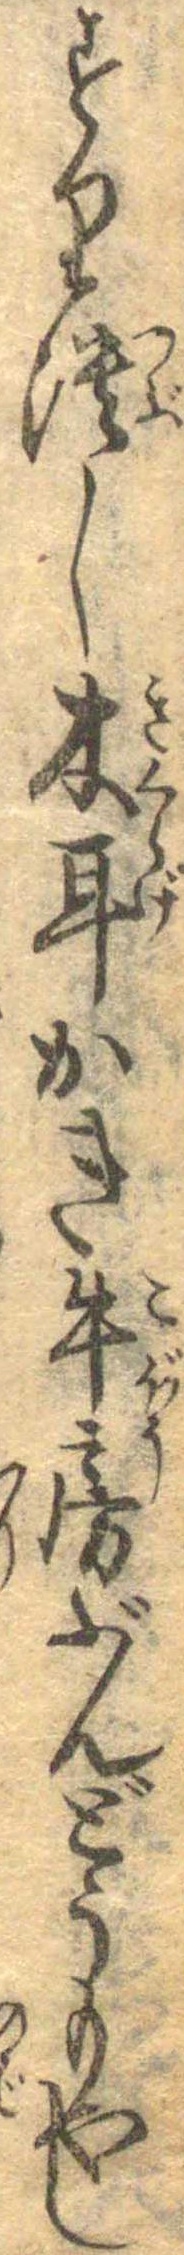
すり潰し木耳かき牛房ぶんどうもやし